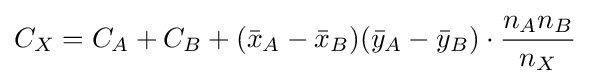
C_{X}=C_{A}+C_{B}+({\bar {x}}_{A}-{\bar {x}}_{B})({\bar {y}}_{A}-{\bar {y}}_{B})\cdot {\frac {n_{A}n_{B}}{n_{X}}}